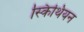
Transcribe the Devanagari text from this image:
स्किथियन